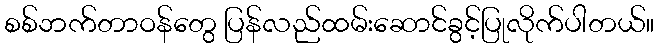
စစ်ဘက်တာဝန်တွေ ပြန်လည်ထမ်းဆောင်ခွင့်ပြုလိုက်ပါတယ်။